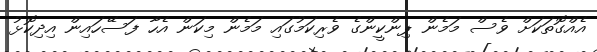
އެއްގޮތަކަށް ވެސް މަމެން ޕިންކީންގެ ވެރިކަމުގައި މަމެން މިކަން އެހާ ފަސޭހައިން އިދިކޮޅު